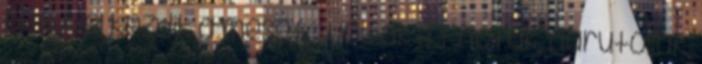
betűvel kezdik a mesét, — voltak itt nóták, darutollak,